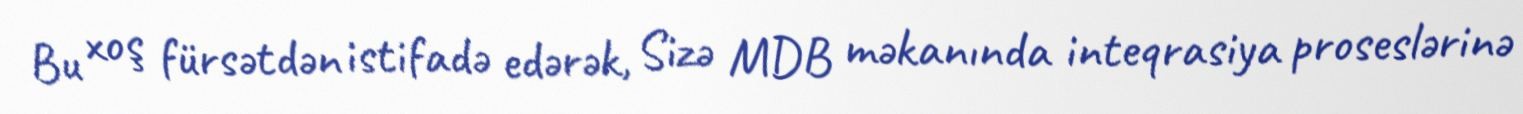
Bu xoş fürsətdən istifadə edərək, Sizə MDB məkanında inteqrasiya proseslərinə